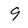
Character: 9